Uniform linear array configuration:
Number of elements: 32
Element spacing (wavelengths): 0.5
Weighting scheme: blackman
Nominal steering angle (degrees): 15
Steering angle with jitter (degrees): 16.765
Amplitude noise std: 0.05
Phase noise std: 0.05

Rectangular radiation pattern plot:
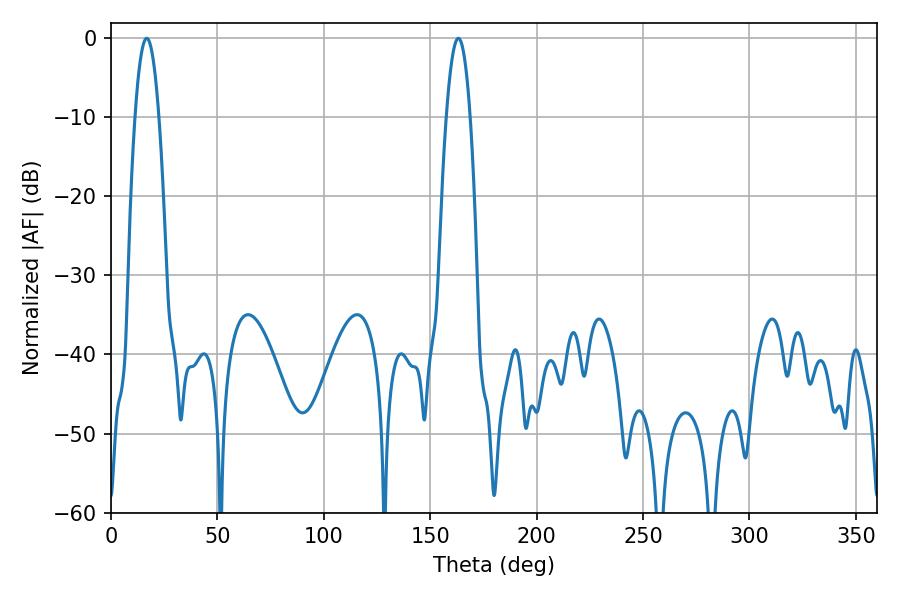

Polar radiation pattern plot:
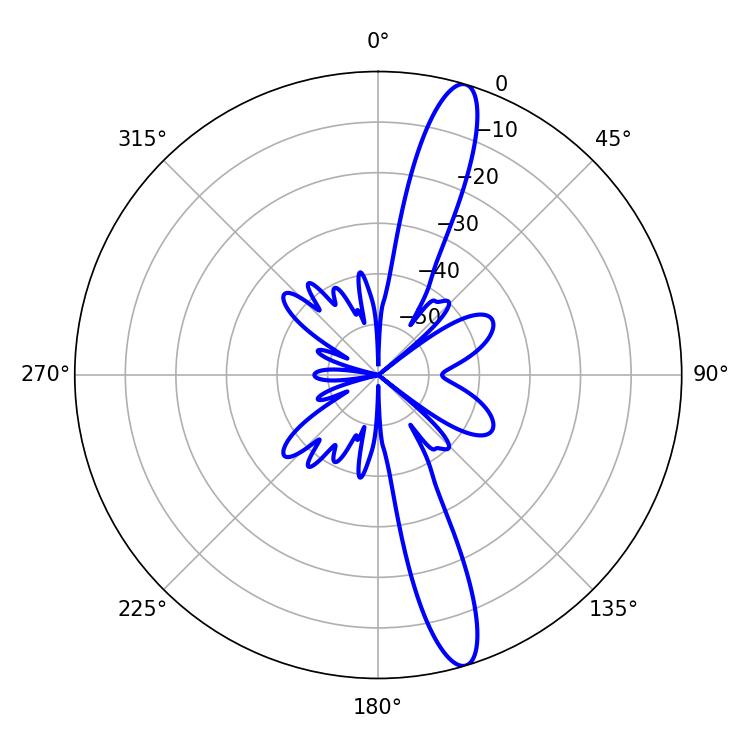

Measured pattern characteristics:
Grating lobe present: FALSE
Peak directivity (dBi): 14.724
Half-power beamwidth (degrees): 6.12
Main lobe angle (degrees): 16.74